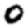
Digit: 0